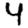
Digit: 4